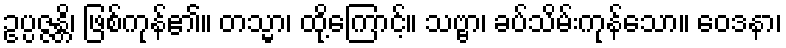
ဥပ္ပဇ္ဇန္တိ၊ ဖြစ်ကုန်၏။ တသ္မာ၊ ထို့ကြောင့်။ သဗ္ဗာ၊ ခပ်သိမ်းကုန်သော။ ဝေဒနာ၊